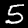
Label: 5